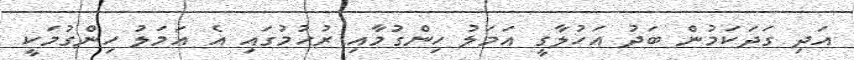
އަދި ގަދަކަމުން ބަދު އަހުލާގީ އަމަލު ހިންގުމާއި ރުހުމުގައި އެ އަމަލު ހިންގުމަކީ